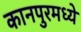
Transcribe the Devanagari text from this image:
कानपुरमध्ये